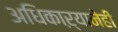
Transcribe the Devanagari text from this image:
अधिकाऱ्यानेही